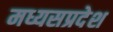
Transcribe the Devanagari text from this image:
मध्यसप्रदेश